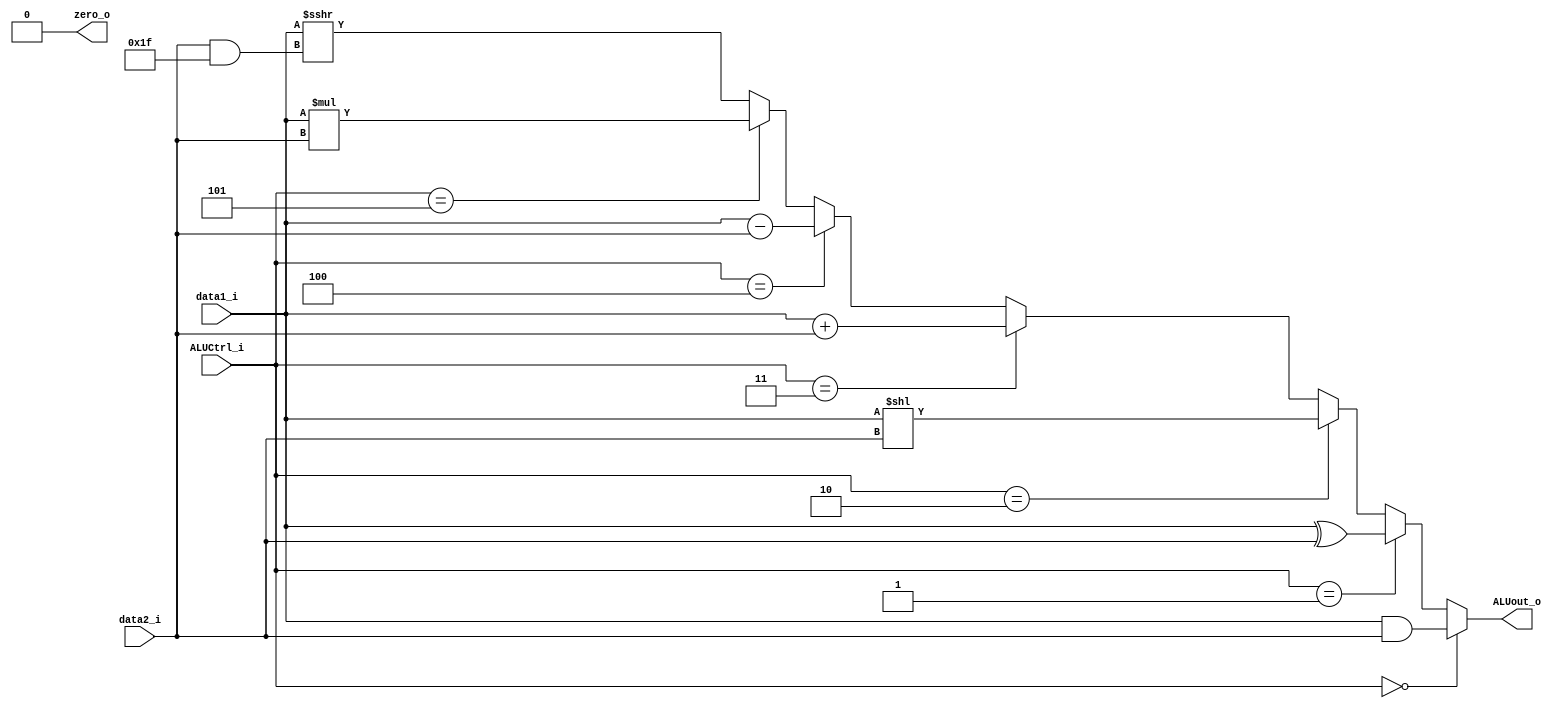
module ALU
(
		data1_i,
		data2_i,
		ALUCtrl_i,
		ALUout_o,
		zero_o
);

input signed [31:0] data1_i, data2_i;
input [2:0] ALUCtrl_i;
output [31:0] ALUout_o;
output zero_o;

assign ALUout_o = (ALUCtrl_i == 3'b000) ? data1_i & data2_i :
(ALUCtrl_i == 3'b001) ? data1_i ^ data2_i :
(ALUCtrl_i == 3'b010) ? data1_i << data2_i :
(ALUCtrl_i == 3'b011) ? data1_i + data2_i :
(ALUCtrl_i == 3'b100) ? data1_i - data2_i :
(ALUCtrl_i == 3'b101) ? data1_i * data2_i :
data1_i >>> (data2_i & 5'b11111);

assign zero_o = 1'b0;

endmodule